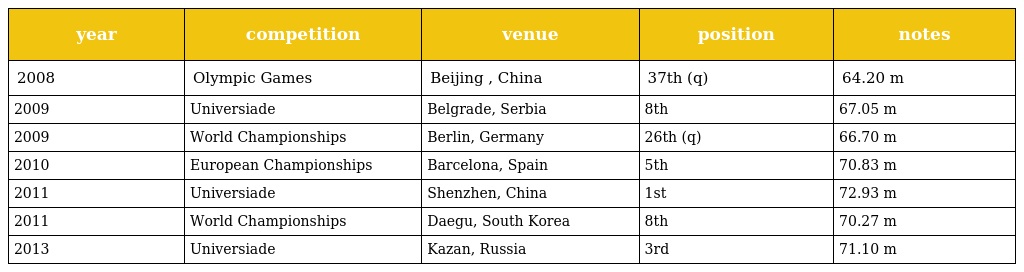
| year | competition | venue | position | notes |
 | --- | --- | --- | --- | --- |
 | 2008 | Olympic Games | Beijing , China | 37th (q) | 64.20 m |
 | 2009 | Universiade | Belgrade, Serbia | 8th | 67.05 m |
 | 2009 | World Championships | Berlin, Germany | 26th (q) | 66.70 m |
 | 2010 | European Championships | Barcelona, Spain | 5th | 70.83 m |
 | 2011 | Universiade | Shenzhen, China | 1st | 72.93 m |
 | 2011 | World Championships | Daegu, South Korea | 8th | 70.27 m |
 | 2013 | Universiade | Kazan, Russia | 3rd | 71.10 m |